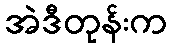
အဲဒီတုန်းက